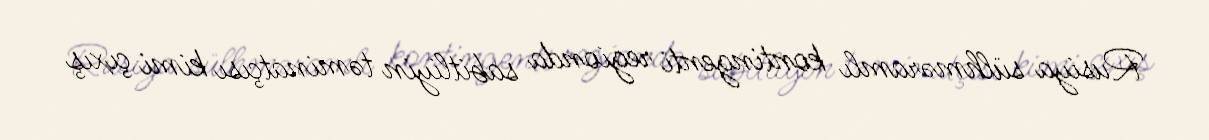
Rusiya sülhməramlı kontingenti regionda sabitliyin təminatçısı kimi çıxış